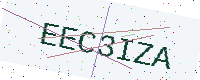
Text: EEC3IZA